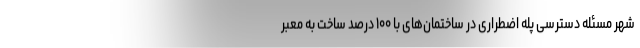
شهر مسئله دسترسی پله اضطراری در ساختمان‌های با ۱۰۰ درصد ساخت به معبر